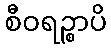
စီဝရဉ္စာပိ